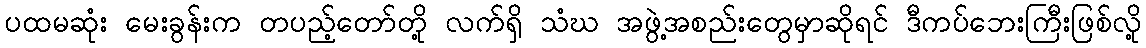
ပထမဆုံး မေးခွန်းက တပည့်တော်တို့ လက်ရှိ သံဃ အဖွဲ့အစည်းတွေမှာဆိုရင် ဒီကပ်ဘေးကြီးဖြစ်လို့